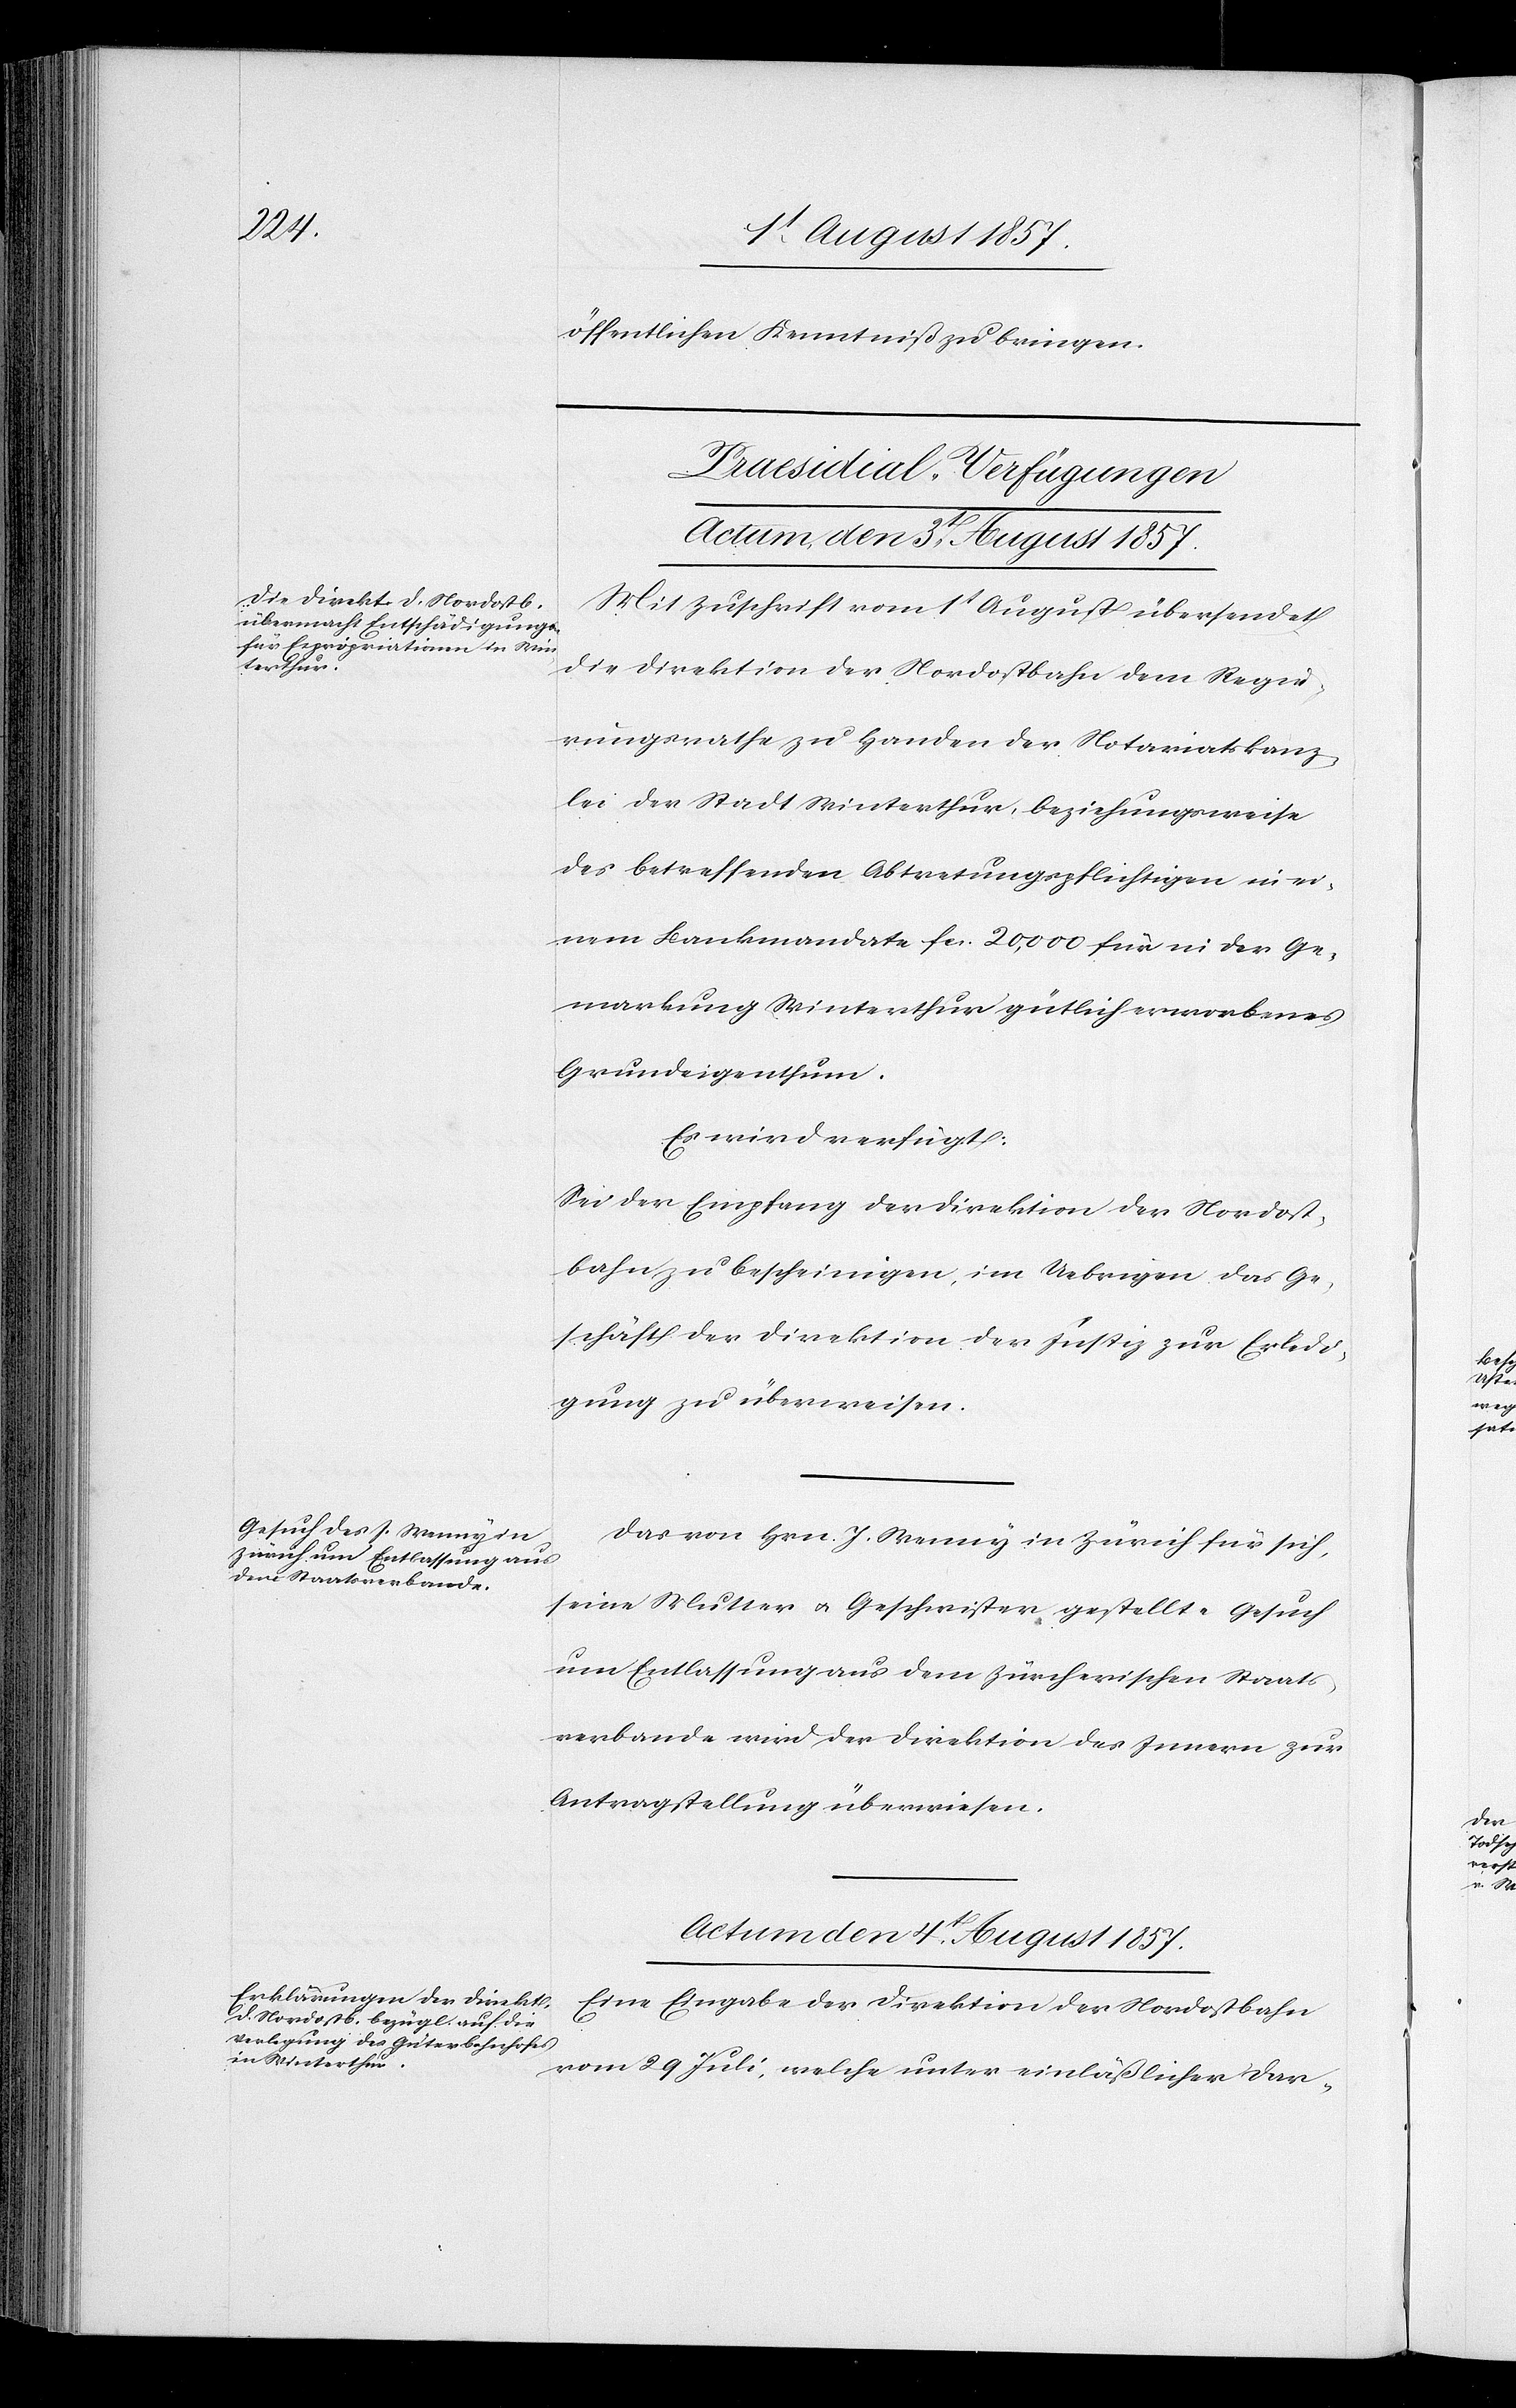
öffentlichen Kenntniß zu bringen.
[Praesidial-Verfügungen.]
Actum den 3t August 1857.
Mit Zuschrift vom 1t August übersendet
die Direktion der Nordostbahn dem Regie¬
rungsrathe zu Handen der Notariatskanz¬
lei der Stadt Winterthur, beziehungsweise
des betreffenden Abtretungspflichtigen in ei¬
nem Bankmandante fcs. 20,000 für in der Ge¬
markung Winterthur gütlich erworbenes
Grundeigenthum.
Es wird verfügt:
Sei der Empfang der Direktion der Nordost¬
bahn zu bescheinigen, im Uebrigen das Ge¬
schäft der Direktion der Justiz zur Erledi¬
gung zu überweisen.
Das von Hrn. J. Wenny in Zürich für sich,
seine Mutter & Geschwister gestellte Gesuch
um Entlassung aus dem Zürcherischen Staats¬
verbande wird der Direktion des Innern zur
Antragstellung überwiesen.
Actum den 4t August 1857.
Eine Eingabe der Direktion der Nordostbahn
vom 29t Juli, welche unter einläßlicher Dar-